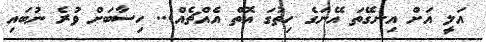
އަލީ އަށް އިނގޭތަ އޭނަގެ ހިތުގަ އޮތް އެއްޗެއް... ހިސާބަށް ވުރެ ނުބައި